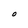
Character: O